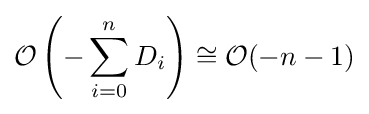
{\mathcal {O}}\left(-\sum _{i=0}^{n}D_{i}\right)\cong {\mathcal {O}}(-n-1)